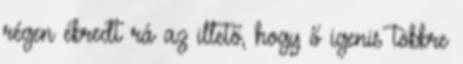
régen ébredt rá az illető, hogy ő igenis többre